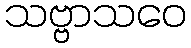
သဗ္ဗာသဝေ